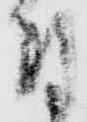
付